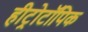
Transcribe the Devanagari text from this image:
हीट्रोटॉपिक